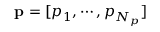
\mathbf { p } = [ p _ { 1 } , \cdots , p _ { N _ { p } } ]